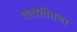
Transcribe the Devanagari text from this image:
पायचीतचा